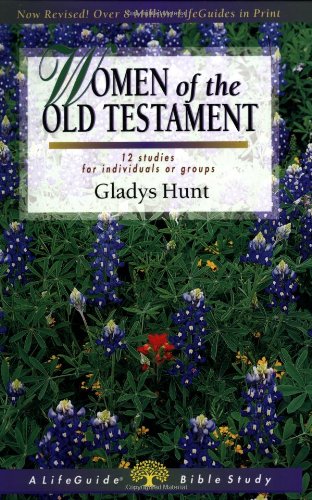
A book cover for Women of the Old Testament (Lifeguide Bible Studies); Gladys Hunt; Christian Books & Bibles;